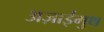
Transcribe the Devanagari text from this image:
अज़ाईमुथ